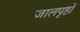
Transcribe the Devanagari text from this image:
जालपृष्ठों